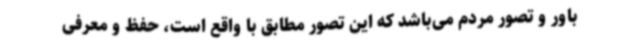
باور و تصور مردم می‌باشد که این تصور مطابق با واقع است، حفظ و معرفی